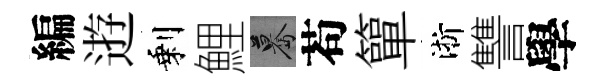
編逰剩鯉驀苟簞淅讐學